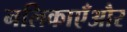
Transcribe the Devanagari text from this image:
नलिकाएँऔर